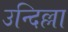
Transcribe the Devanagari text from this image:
उन्दिल्ला